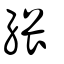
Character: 䋿